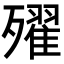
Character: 𣩰